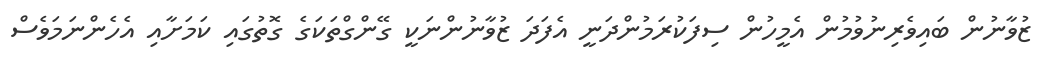
ޒުވާނުން ބައިވެރިނުވުމުން އެމީހުން ސިފަކުރަމުންދަނީ އެފަދަ ޒުވާނުންނަކީ ގޭންގްތަކަގެ ގޮތުގައި ކަމަށާއި އެހެންނަމަވެސް